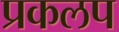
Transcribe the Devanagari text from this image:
प्रकलप